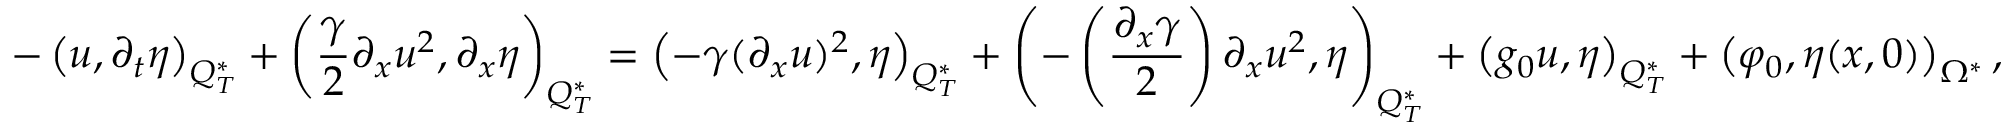
- \left( u , \partial _ { t } \eta \right) _ { Q _ { T } ^ { * } } + \left( \frac { \gamma } { 2 } \partial _ { x } u ^ { 2 } , \partial _ { x } \eta \right) _ { Q _ { T } ^ { * } } = \left( - \gamma ( \partial _ { x } u ) ^ { 2 } , \eta \right) _ { Q _ { T } ^ { * } } + \left( - \left( \frac { \partial _ { x } \gamma } { 2 } \right) \partial _ { x } u ^ { 2 } , \eta \right) _ { Q _ { T } ^ { * } } + \left( g _ { 0 } u , \eta \right) _ { Q _ { T } ^ { * } } + \left( \varphi _ { 0 } , \eta ( x , 0 ) \right) _ { \Omega ^ { * } } ,